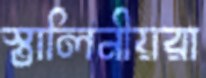
স্তালিনীয়রা